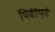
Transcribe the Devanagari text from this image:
पिढीपुढे